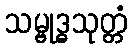
သမ္ဗုဒ္ဓသုတ္တံ